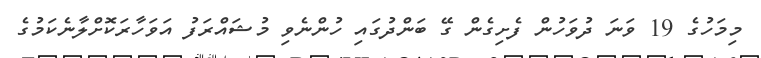
މިމަހުގެ 19 ވަނަ ދުވަހުން ފެށިގެން ގޭ ބަންދުގައި ހުންނެވި މުޝައްރަފު އަވަހާރަކޮށްލާނެކަމުގެ